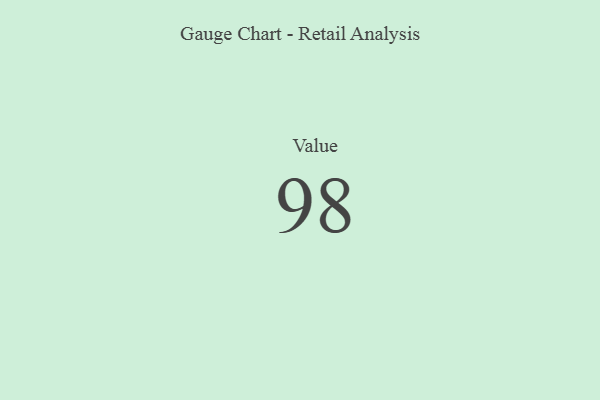
{"axis": {"x": "Metric", "y": "Value"}, "legend": [""], "data": [{"x": "Value", "y": 98, "type": ""}]}